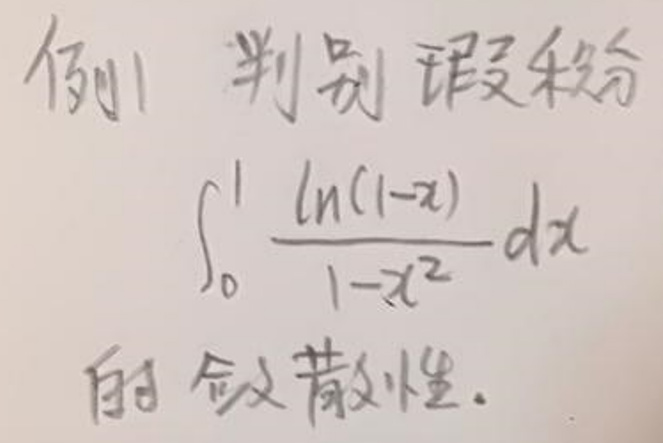
例1 判别瑕积分

\[
\int_{0}^{1} \frac{\ln(1 - x)}{1 - x^{2}} dx
\]

的敛散性。